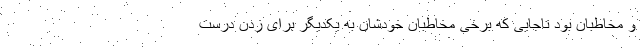
و مخاطبان بود تاجایی که برخی مخاطبان خودشان به یکدیگر برای زدن درست